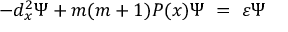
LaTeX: - d _ { x } ^ { 2 } \Psi + m ( m + 1 ) { \cal P } ( x ) \Psi \ = \ \varepsilon \Psi